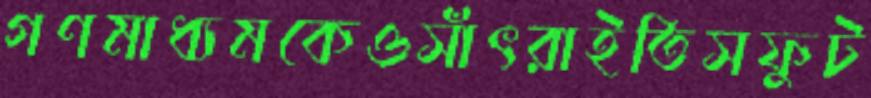
গণমাধ্যমকেওসাঁৎরাইতিসফুট